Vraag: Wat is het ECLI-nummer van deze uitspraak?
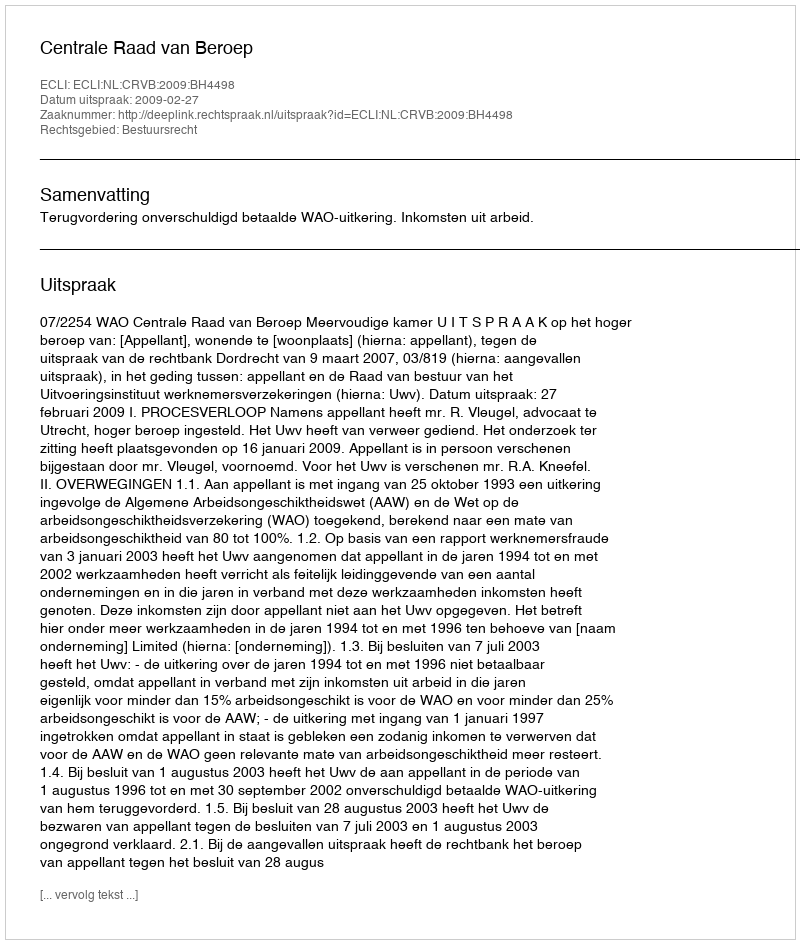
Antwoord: ECLI:NL:CRVB:2009:BH4498